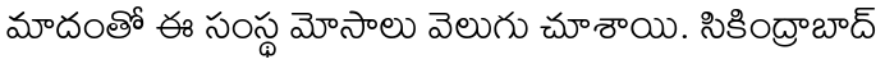
మాదంతో ఈ సంస్థ మోసాలు వెలుగు చూశాయి. సికింద్రాబాద్